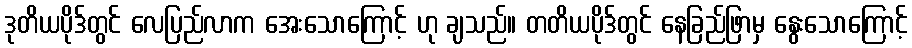
ဒုတိယပိုဒ်တွင် လေပြည်လာက အေးသောကြောင့် ဟု ချသည်။ တတိယပိုဒ်တွင် နေခြည်ဖြာမှ နွေးသောကြောင့်